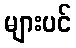
များပင်